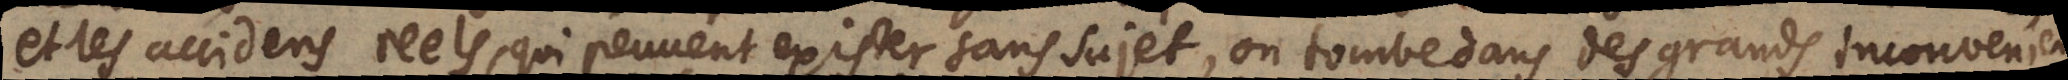
et les accidens reels, qui peuvent exister sans sujet, on tombe dans des grands inconveniens,